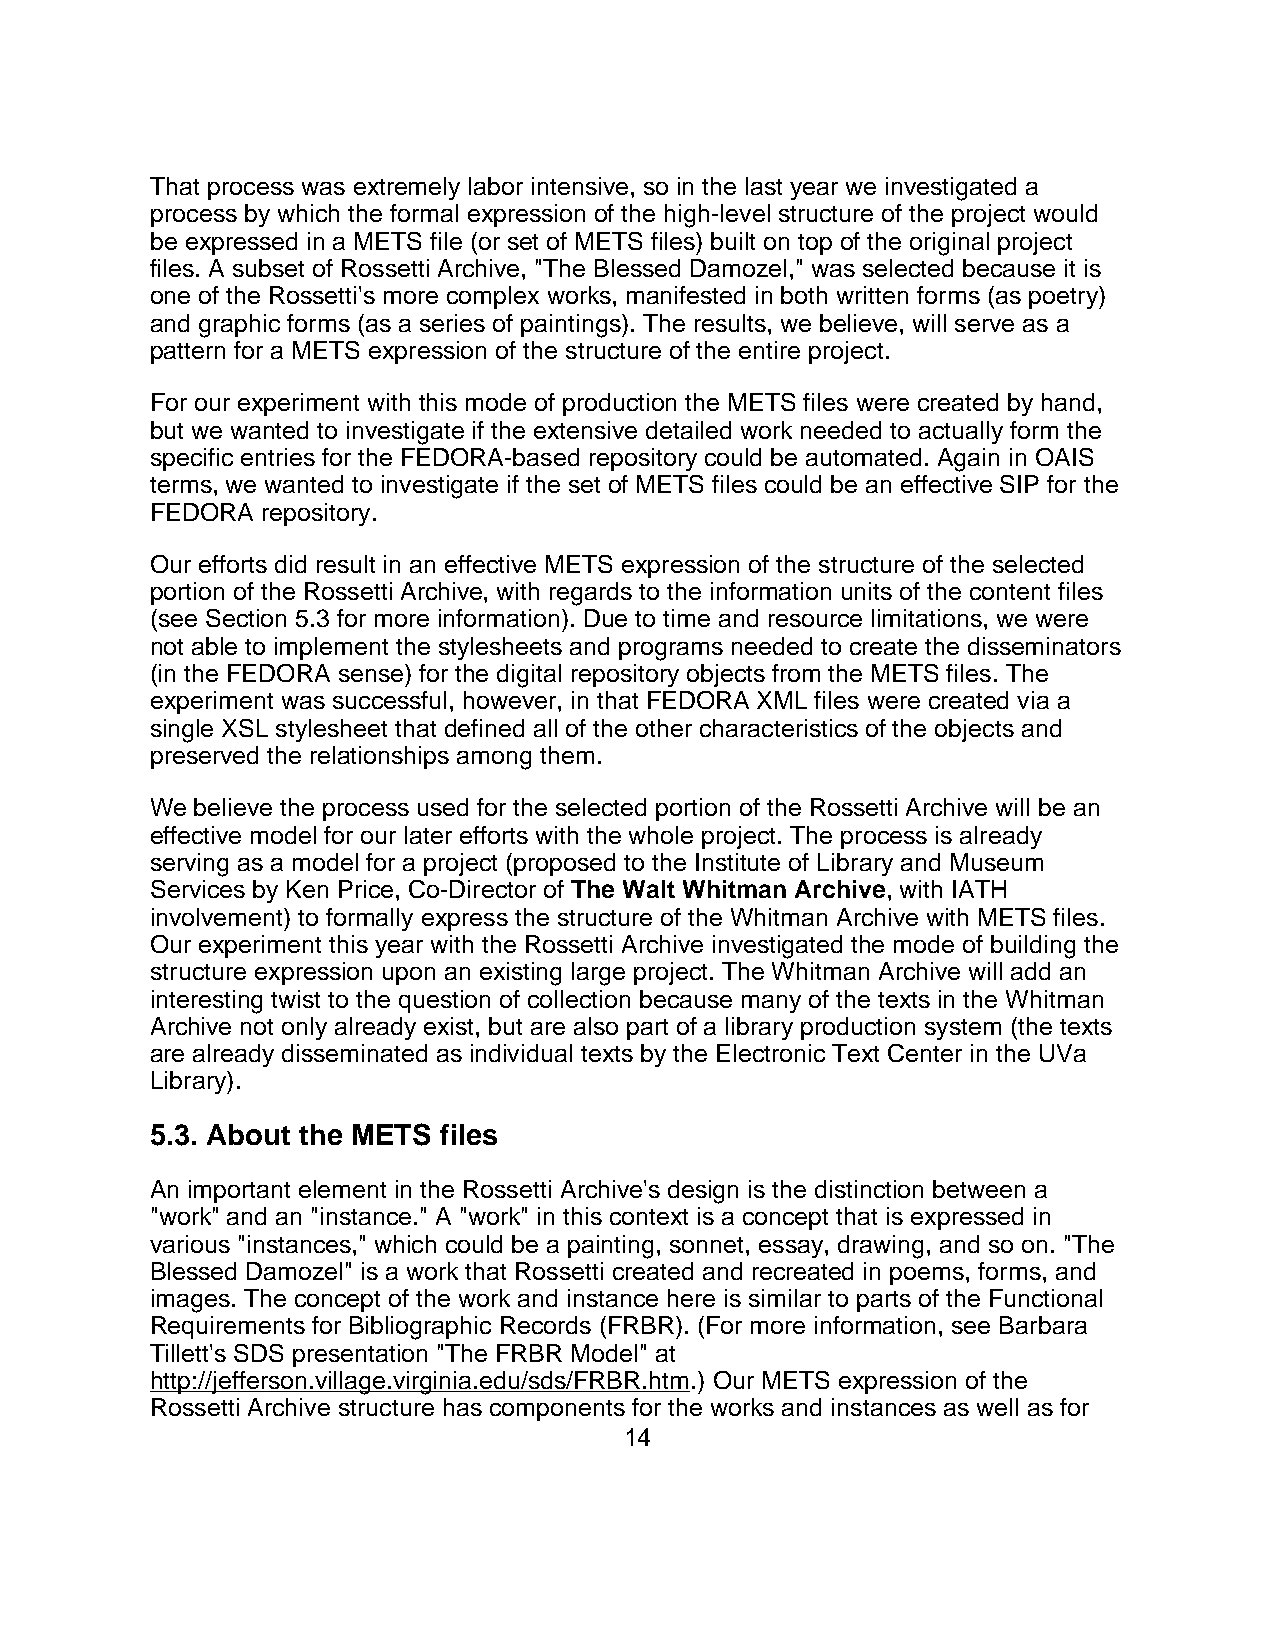
That process was extremely labor intensive, so in the last year we investigated a
 process by which the formal expression of the high-level structure of the project would
 be expressed in a METS file (or set of METS files) built on top of the original project
 files. A subset of Rossetti Archive, "The Blessed Damozel," was selected because it is
 one of the Rossetti's more complex works, manifested in both written forms (as poetry)
 and graphic forms (as a series of paintings). The results, we believe, will serve as a
 pattern for a METS expression of the structure of the entire project.
 For our experiment with this mode of production the METS files were created by hand,
 but we wanted to investigate if the extensive detailed work needed to actually form the
 specific entries for the FEDORA-based repository could be automated. Again in OAIS
 terms, we wanted to investigate if the set of METS files could be an effective SIP for the
 FEDORA repository.
 Our efforts did result in an effective METS expression of the structure of the selected
 portion of the Rossetti Archive, with regards to the information units of the content files
 (see Section 5.3 for more information). Due to time and resource limitations, we were
 not able to implement the stylesheets and programs needed to create the disseminators
 (in the FEDORA sense) for the digital repository objects from the METS files. The
 experiment was successful, however, in that FEDORA XML files were created via a
 single XSL stylesheet that defined all of the other characteristics of the objects and
 preserved the relationships among them.
 We believe the process used for the selected portion of the Rossetti Archive will be an
 effective model for our later efforts with the whole project. The process is already
 serving as a model for a project (proposed to the Institute of Library and Museum
 Services by Ken Price, Co-Director of The Walt Whitman Archive, with IATH
 involvement) to formally express the structure of the Whitman Archive with METS files.
 Our experiment this year with the Rossetti Archive investigated the mode of building the
 structure expression upon an existing large project. The Whitman Archive will add an
 interesting twist to the question of collection because many of the texts in the Whitman
 Archive not only already exist, but are also part of a library production system (the texts
 are already disseminated as individual texts by the Electronic Text Center in the UVa
 Library).
 5.3. About the METS files
 An important element in the Rossetti Archive's design is the distinction between a
 "work" and an "instance." A "work" in this context is a concept that is expressed in
 various "instances," which could be a painting, sonnet, essay, drawing, and so on. "The
 Blessed Damozel" is a work that Rossetti created and recreated in poems, forms, and
 images. The concept of the work and instance here is similar to parts of the Functional
 Requirements for Bibliographic Records (FRBR). (For more information, see Barbara
 Tillett's SDS presentation "The FRBR Model" at
 http://jefferson.village.virginia.edu/sds/FRBR.htm.) Our METS expression of the
 Rossetti Archive structure has components for the works and instances as well as for
 14